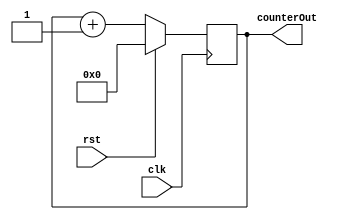
module fanOutCounter (
    clk,
    rst,
    counterOut
);

input clk;
input rst;
output reg [6:0] counterOut;

always @(posedge clk) begin
    if (rst) begin
        counterOut <= 0;
    end else begin
        counterOut <= counterOut + 1;
    end
end
endmodule